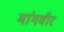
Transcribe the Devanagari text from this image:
मांगवीर